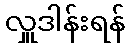
လှူဒါန်းရန်